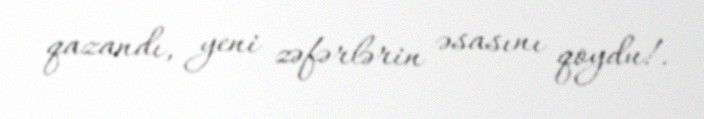
qazandı, yeni zəfərlərin əsasını qoydu!.